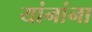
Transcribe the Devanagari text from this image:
यांनांना